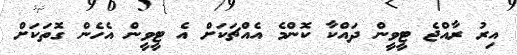
އިރު ރާއްޖެ ޓީވީން ދައްކާ ކޮންމެ އެއްޗަކަށް އެ ޓީވީން އެހެން ގޮތަކަށް